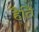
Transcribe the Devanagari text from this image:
हैति